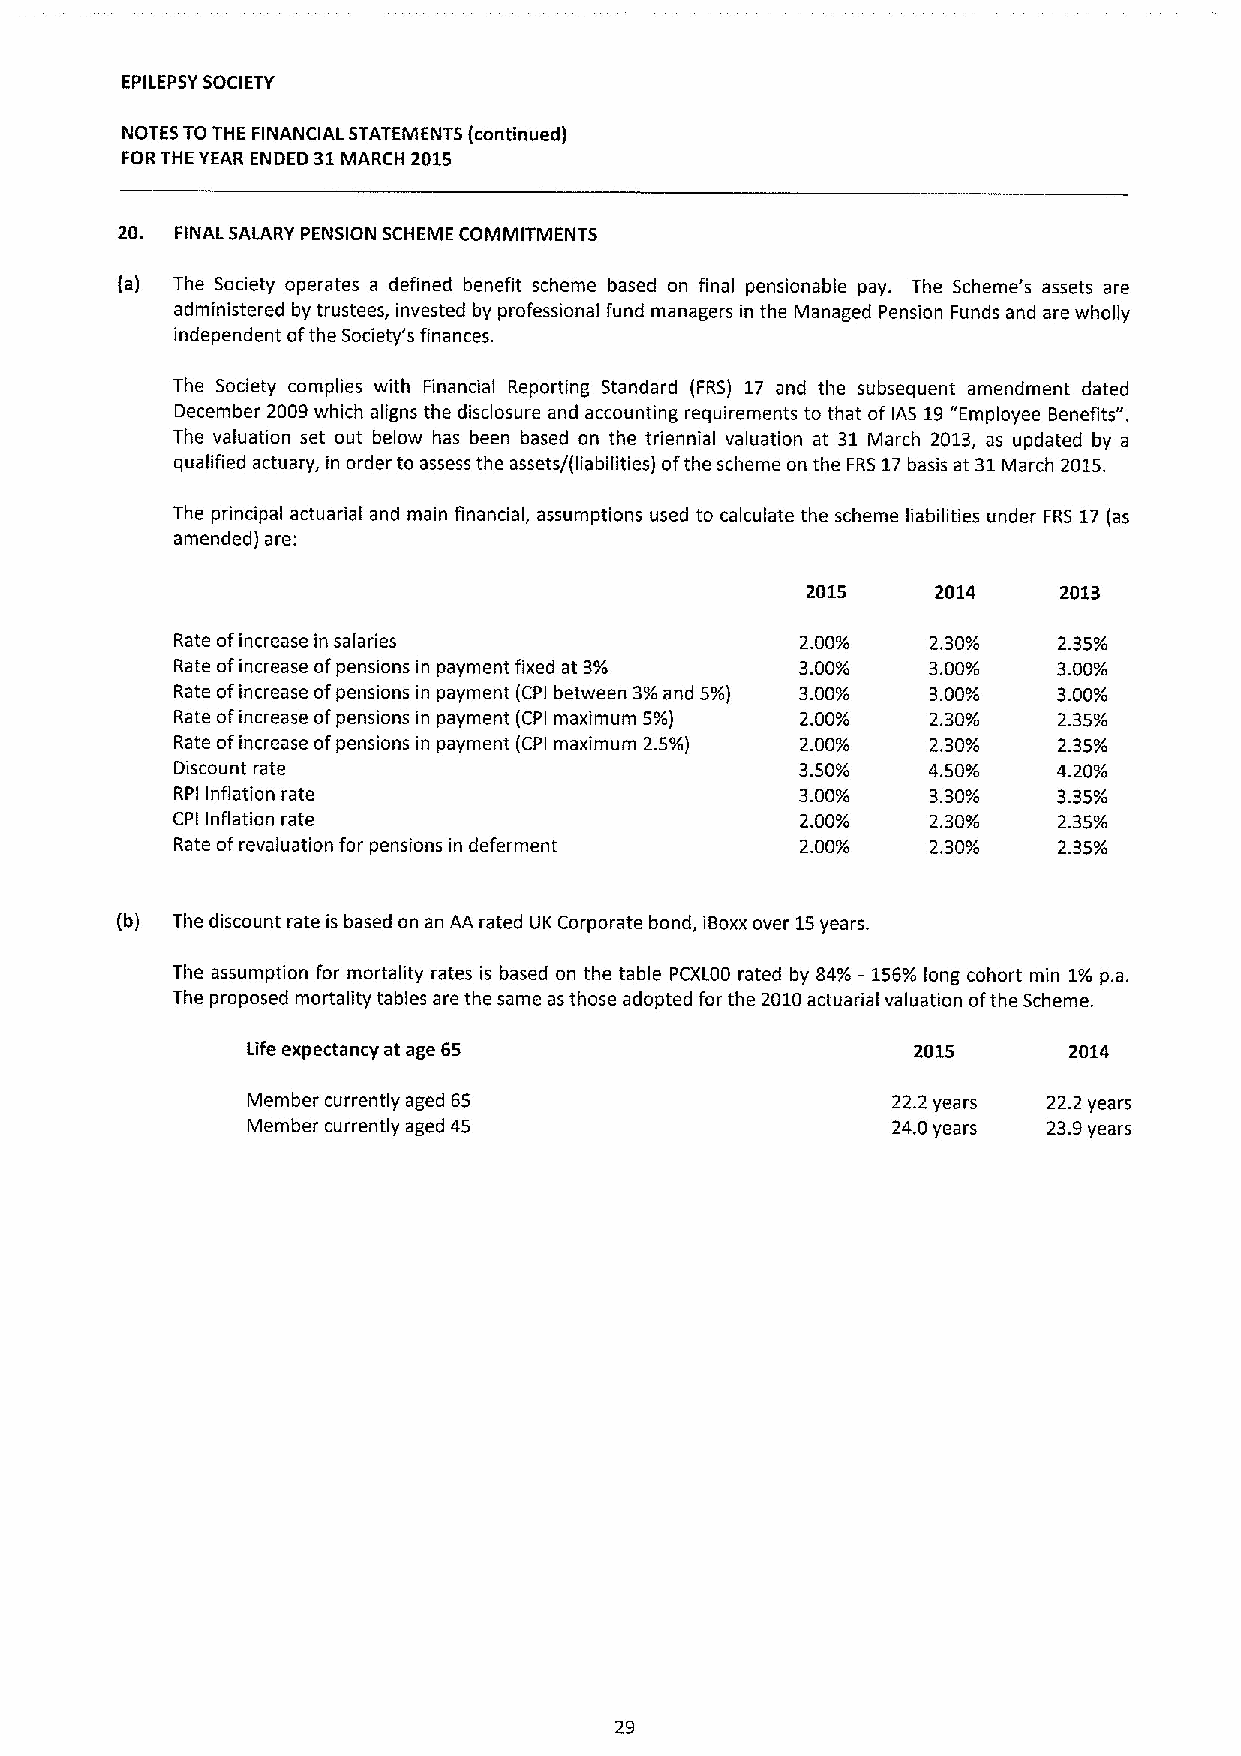
EPILEPSYSOCIETY
 NOTES TO THE FINANCIAL STATEMENTS (continued)
 FORTHE YEAR ENDED 31MARCH 2015
 20. FINAL SALARY PENSION SCHEME COMMITMENTS
 (a) The Society operates a defined benefit scheme based on final pensionable pay. The Scheme's assets are
 administered by trustees, invested by professional fund managers in the Managed Pension Funds and are wholly
 independent ofthe Society's finances.
 The Society complies with Financial Reporting Standard (FRS) 17 and the subsequent amendment dated
 December 2009which aligns the disclosure and accounting requirements to that of IAS 19"Employee Benefits".
 The valuation set out below has been based on the triennial valuation at 31 March 2013, as updated by a
 qualified actuary, in order to assess the assets/(liabilities) ofthe scheme on the FRS 17basis at 31March 2015.
 The principal actuarial and main financial, assumptions used to calculate the scheme liabilities under FRS 17(as
 amended) are:
 2015     2014    2013
 Rate ofincrease in salaries              2 00o/o  2 30oio' 2 35o/o
 Rate ofincrease ofpensions in payment fixed at 3/o 3.00~/o 300o/o 3.00/o
 Rate ofincrease ofpensions in payment (CPI between 3/o and 5/o) 3.00~/o 300o/o 3.00Yo
 Rate ofincrease ofpensions in payment (CPI maximum 5/o) 2 00o/o 2 30o/ 2.35Yo
 Rate ofincrease ofpensions in payment (CPI maximum 2.5/o) 2.00/o 2 30o/ 2.35Yo
 Discount rate                            3.50~/o 4 50~/   4.20Yo
 RPI Inflation rate                       3.00~/o 330~/    3.35~/o
 CPI Inflation rate                        2 00o/o  2 30o/  2.35~/o
 Rate ofrevaluation for pensions in deferment 2.00/o 2 30oio' 2.35~/o
 (b) The discount rate is based on an AA rated UK Corporate bond, igoxx over 15years.
 The assumption for mortality rates is based on the table PCXL00 rated by 84/o —156/o long cohort min 1/o p.a.
 The proposed mortality tables are the same as those adopted for the 2010actuarial valuation ofthe Scheme.
 Life expectancy at age 65                   2015       2014
 Member currently aged 65                   22.2years 22.2years
 Member currently aged 45                   24.0years 23.9years
 29